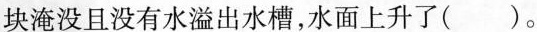
块淹没且没有水溢出水槽，水面上升了()。